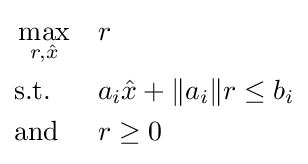
{\begin{aligned}&\max _{r,{\hat {x}}}&&r\\&{\text{s.t.}}&&a_{i}{\hat {x}}+\|a_{i}\|r\leq b_{i}\\&{\text{and}}&&r\geq 0\end{aligned}}